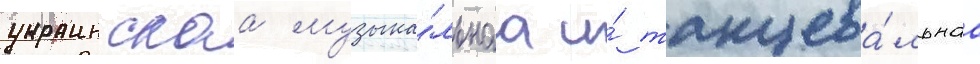
украинскаа музыка́льнаа и́ танцева́льнаа